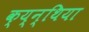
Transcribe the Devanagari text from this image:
क्य्न्थिया